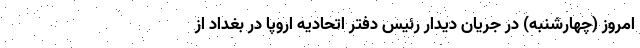
امروز (چهارشنبه) در جریان دیدار رئیس دفتر اتحادیه اروپا در بغداد از